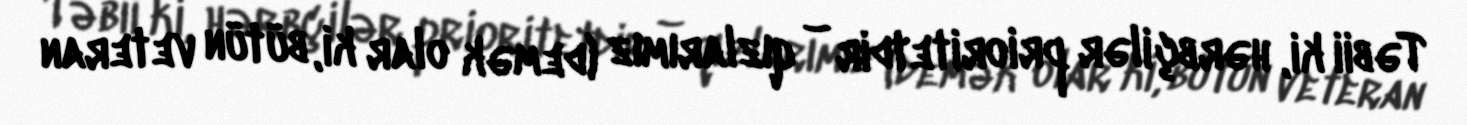
Təbii ki, hərbçilər prioritetdir – qızlarımız (demək olar ki, bütün veteran